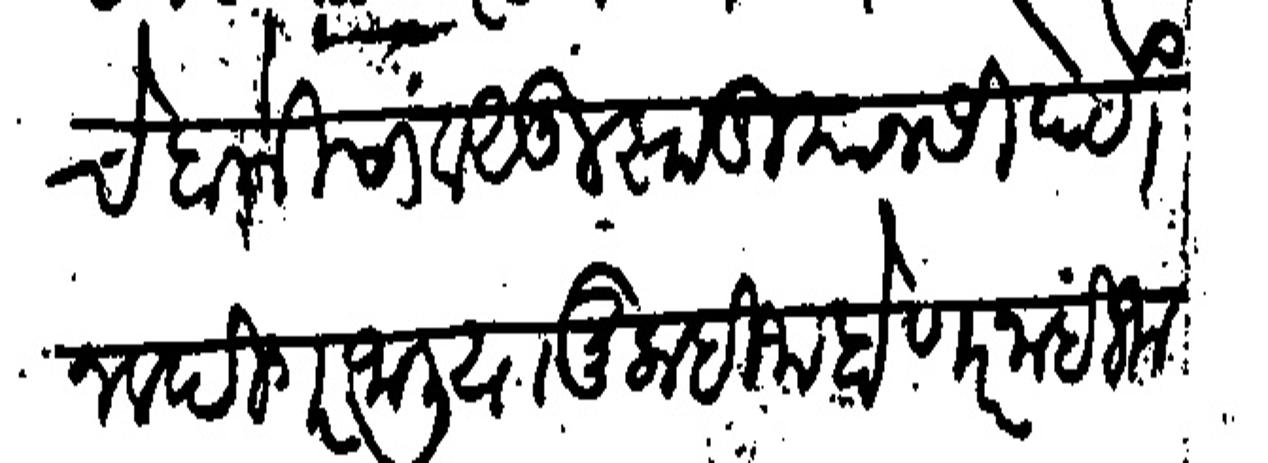
Transliteration (Devanagari): चे बाकीचा वसूल झाड्यानीसी देणे नवदिगर जालीया मुलाहीजा होणार ना (ही) जाबार